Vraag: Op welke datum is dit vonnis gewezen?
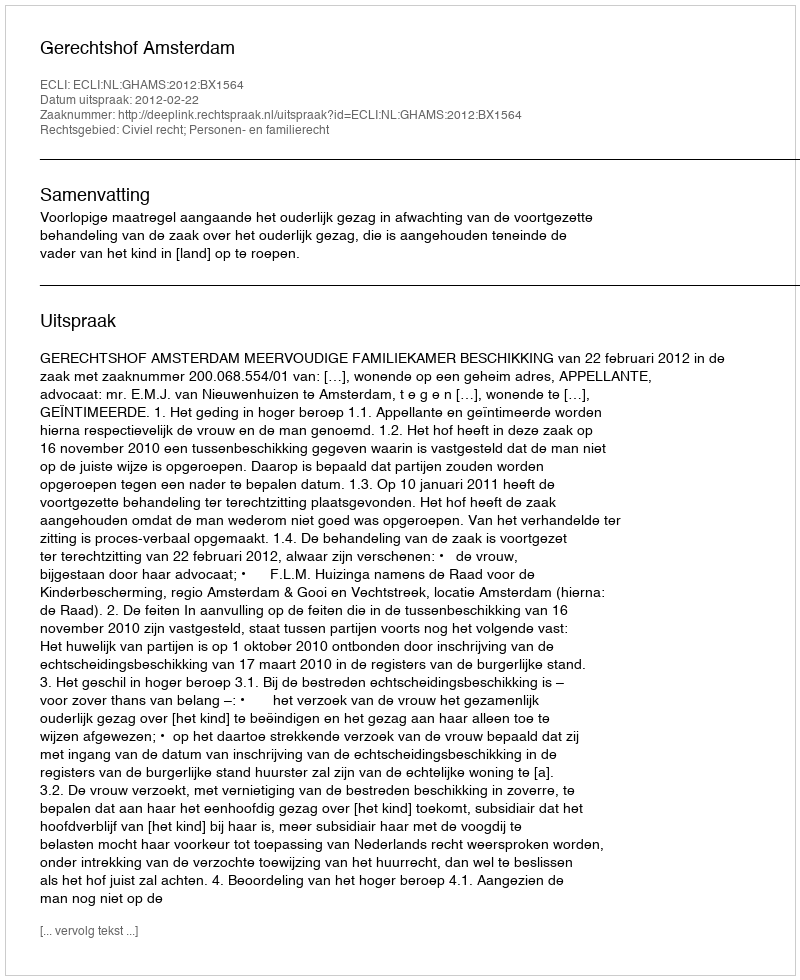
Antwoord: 2012-02-22